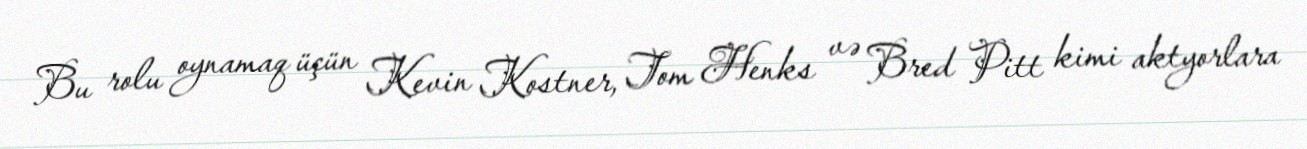
Bu rolu oynamaq üçün Kevin Kostner, Tom Henks və Bred Pitt kimi aktyorlara